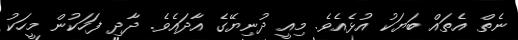
ނެތް އެތައް ބަޔަކު އުޅެއެވެ. މިއީ ދުނިޔޭގެ އާދައެވެ. ދާދި ފަހަކުން މީހަކު